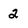
Character: 2